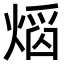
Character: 𤌵